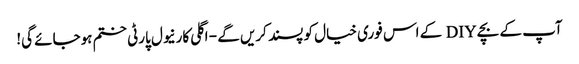
آپ کے بچے DIY کے اس فوری خیال کو پسند کریں گے - اگلی کارنیول پارٹی ختم ہوجائے گی!